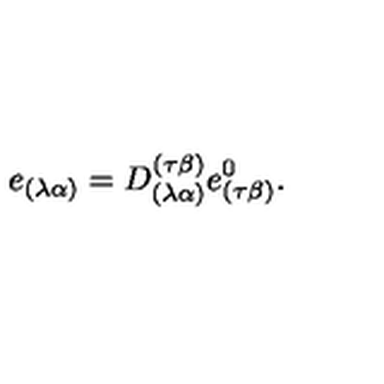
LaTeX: e _ { ( \lambda \alpha ) } = D _ { ( \lambda \alpha ) } ^ { ( \tau \beta ) } e _ { ( \tau \beta ) } ^ { 0 } .